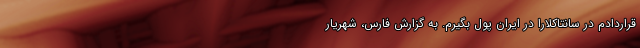
قراردادم در سانتاکلارا در ایران پول بگیرم. به گزارش فارس، شهریار